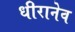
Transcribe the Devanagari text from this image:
धीरानेव